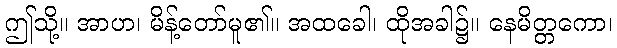
ဤသို့။ အာဟ၊ မိန့်တော်မူ၏။ အထခေါ၊ ထိုအခါ၌။ နေမိတ္တကော၊